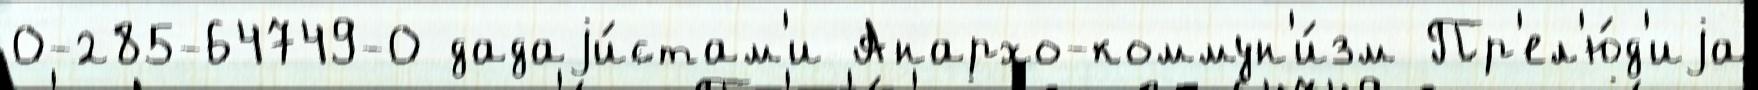
0-285-64749-0 дадаjи́стам'и Анархо-коммун'и́зм Пр'ел'ю́д'иjа